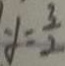
y = \frac { 3 } { 2 }